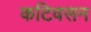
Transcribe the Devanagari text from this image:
कटिवसन